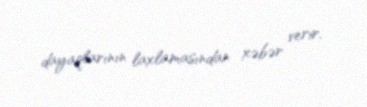
dayaqlarının laxlamasından xəbər verir.